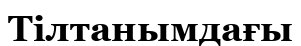
Тілтанымдағы